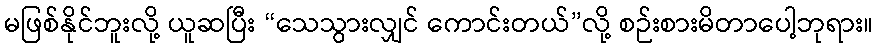
မဖြစ်နိုင်ဘူးလို့ ယူဆပြီး “သေသွားလျှင် ကောင်းတယ်”လို့ စဉ်းစားမိတာပေါ့ဘုရား။